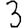
Digit: 3